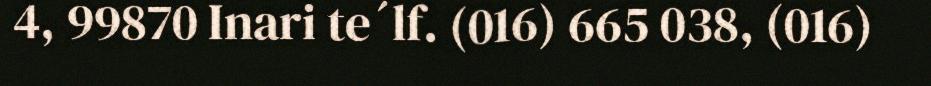
4, 99870 Inari te´lf. (016) 665 038, (016)